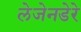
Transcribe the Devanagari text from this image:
लेजेनडेरे